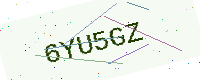
Text: 6YU5GZ